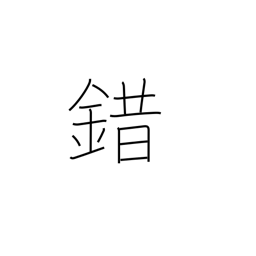
Meaning: confused